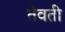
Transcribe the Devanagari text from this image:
तेवती